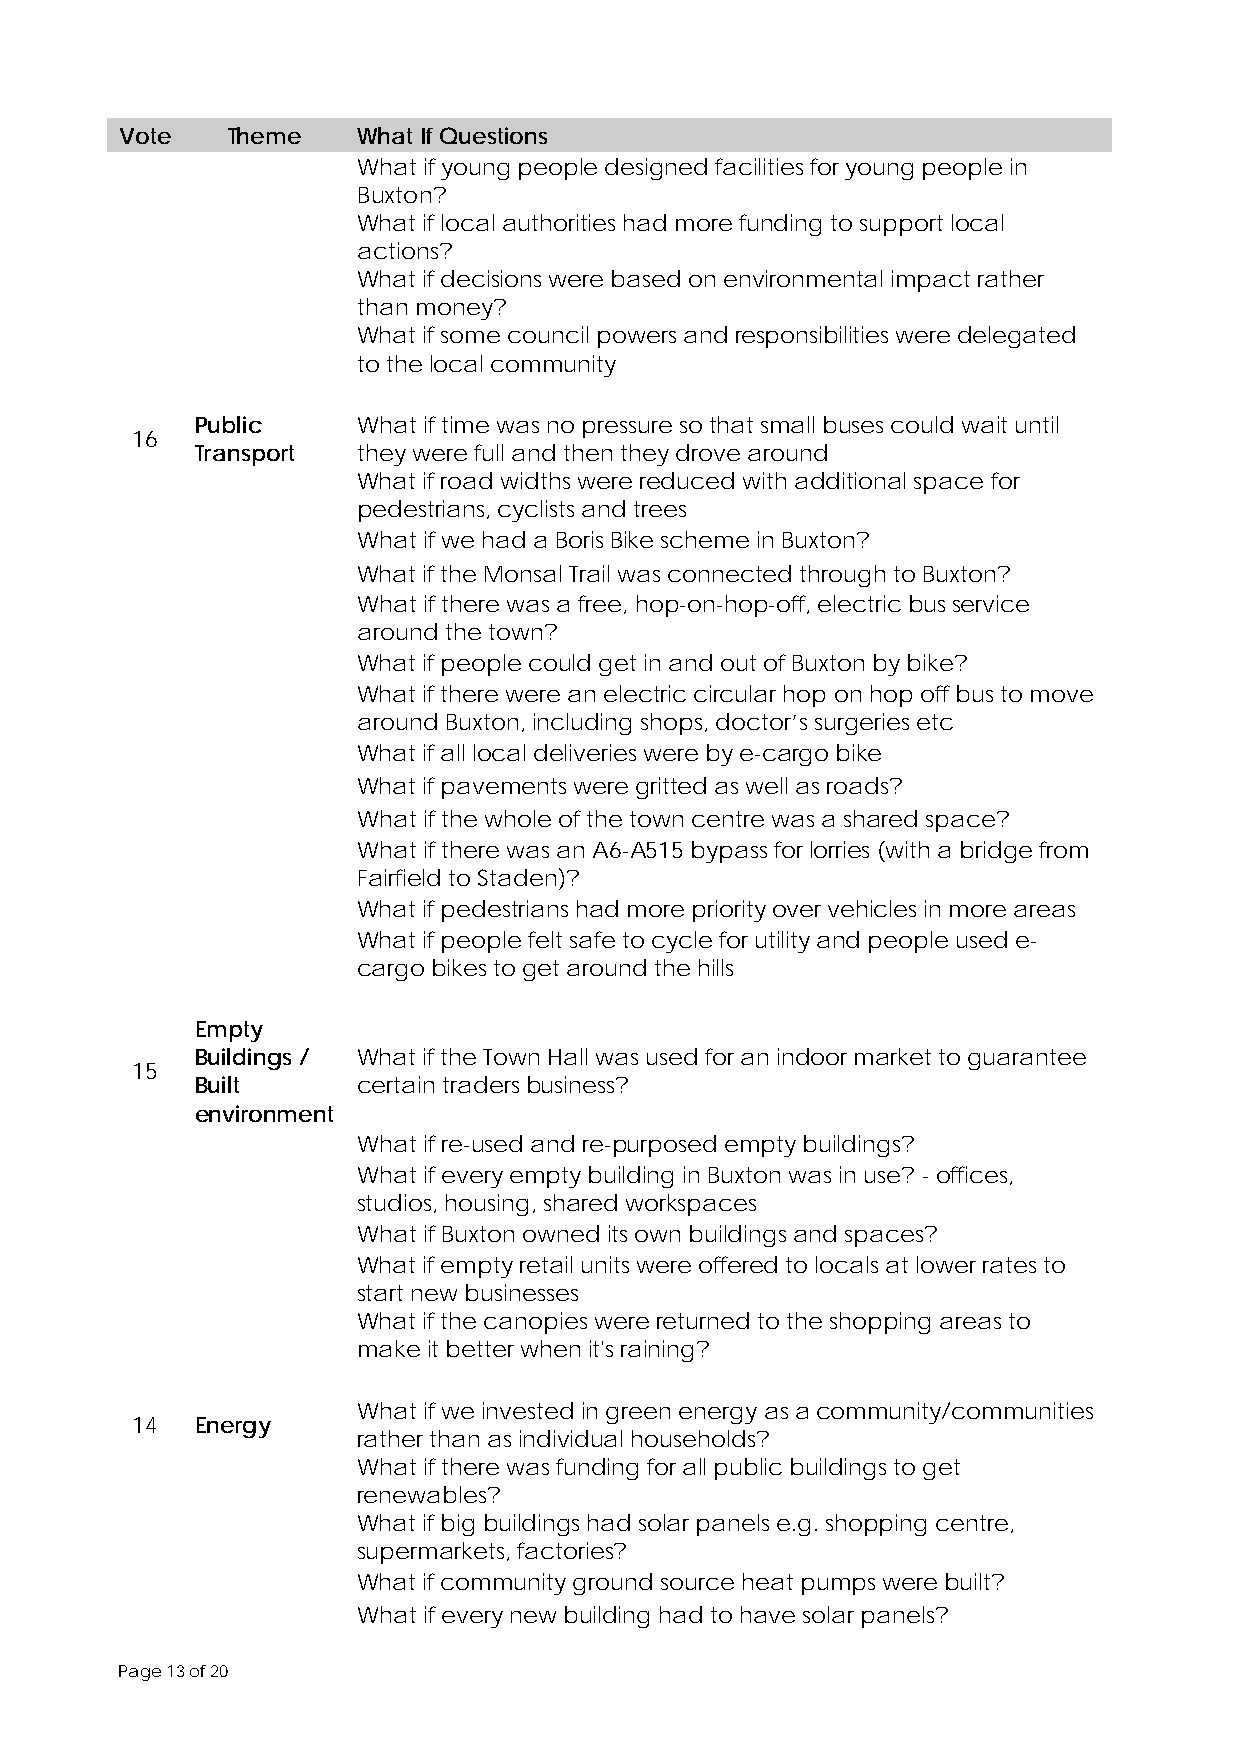
Vote   Theme    What If Questions
 What if young people designed facilities for young people in
 Buxton?
 What if local authorities had more funding to support local
 actions?
 What if decisions were based on environmental impact rather
 than money?
 What if some council powers and responsibilities were delegated
 to the local community
 Public     What if time was no pressure so that small buses could wait until
 16
 Transport  they were full and then they drove around
 What if road widths were reduced with additional space for
 pedestrians, cyclists and trees
 What if we had a Boris Bike scheme in Buxton?
 What if the Monsal Trail was connected through to Buxton?
 What if there was a free, hop-on-hop-off, electric bus service
 around the town?
 What if people could get in and out of Buxton by bike?
 What if there were an electric circular hop on hop off bus to move
 around Buxton, including shops, doctor’s surgeries etc
 What if all local deliveries were by e-cargo bike
 What if pavements were gritted as well as roads?
 What if the whole of the town centre was a shared space?
 What if there was an A6-A515 bypass for lorries (with a bridge from
 Fairfield to Staden)?
 What if pedestrians had more priority over vehicles in more areas
 What if people felt safe to cycle for utility and people used e-
 cargo bikes to get around the hills
 Empty
 Buildings / What if the Town Hall was used for an indoor market to guarantee
 15
 Built      certain traders business?
 environment
 What if re-used and re-purposed empty buildings?
 What if every empty building in Buxton was in use? - offices,
 studios, housing, shared workspaces
 What if Buxton owned its own buildings and spaces?
 What if empty retail units were offered to locals at lower rates to
 start new businesses
 What if the canopies were returned to the shopping areas to
 make it better when it's raining?
 What if we invested in green energy as a community/communities
 14  Energy
 rather than as individual households?
 What if there was funding for all public buildings to get
 renewables?
 What if big buildings had solar panels e.g. shopping centre,
 supermarkets, factories?
 What if community ground source heat pumps were built?
 What if every new building had to have solar panels?
 Page 13 of 20